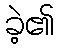
ခဲ့၏